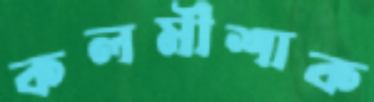
কলমীশাক